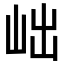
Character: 𡶏